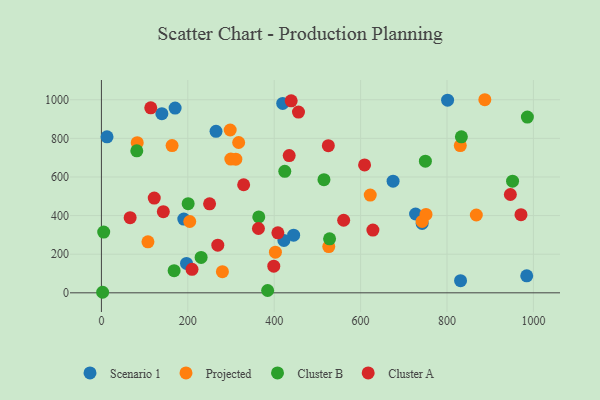
{"axis": {"x": "Speed", "y": "Sales"}, "legend": ["Cluster A", "Cluster B", "Projected", "Scenario 1"], "data": [{"x": "675.2", "y": 578.3, "type": "Scenario 1"}, {"x": "445.0", "y": 298.6, "type": "Scenario 1"}, {"x": "197.0", "y": 152.2, "type": "Scenario 1"}, {"x": "13.0", "y": 807.6, "type": "Scenario 1"}, {"x": "265.3", "y": 836.5, "type": "Scenario 1"}, {"x": "190.7", "y": 382.1, "type": "Scenario 1"}, {"x": "422.5", "y": 271.1, "type": "Scenario 1"}, {"x": "984.6", "y": 88.2, "type": "Scenario 1"}, {"x": "139.9", "y": 927.5, "type": "Scenario 1"}, {"x": "727.3", "y": 408.2, "type": "Scenario 1"}, {"x": "419.7", "y": 980.9, "type": "Scenario 1"}, {"x": "170.6", "y": 956.5, "type": "Scenario 1"}, {"x": "801.4", "y": 997.7, "type": "Scenario 1"}, {"x": "742.5", "y": 359.5, "type": "Scenario 1"}, {"x": "831.4", "y": 62.8, "type": "Scenario 1"}, {"x": "402.8", "y": 210.4, "type": "Projected"}, {"x": "742.4", "y": 369.6, "type": "Projected"}, {"x": "887.6", "y": 999.9, "type": "Projected"}, {"x": "299.6", "y": 692.6, "type": "Projected"}, {"x": "163.6", "y": 762.4, "type": "Projected"}, {"x": "107.7", "y": 263.9, "type": "Projected"}, {"x": "82.9", "y": 777.4, "type": "Projected"}, {"x": "751.4", "y": 405.7, "type": "Projected"}, {"x": "204.5", "y": 369.2, "type": "Projected"}, {"x": "867.9", "y": 403.0, "type": "Projected"}, {"x": "526.3", "y": 239.6, "type": "Projected"}, {"x": "298.1", "y": 843.0, "type": "Projected"}, {"x": "311.2", "y": 691.9, "type": "Projected"}, {"x": "830.8", "y": 762.5, "type": "Projected"}, {"x": "280.1", "y": 109.6, "type": "Projected"}, {"x": "622.3", "y": 505.9, "type": "Projected"}, {"x": "317.7", "y": 778.3, "type": "Projected"}, {"x": "951.8", "y": 578.1, "type": "Cluster B"}, {"x": "750.0", "y": 681.6, "type": "Cluster B"}, {"x": "5.3", "y": 314.4, "type": "Cluster B"}, {"x": "168.3", "y": 114.4, "type": "Cluster B"}, {"x": "833.3", "y": 807.6, "type": "Cluster B"}, {"x": "230.8", "y": 183.3, "type": "Cluster B"}, {"x": "200.8", "y": 461.5, "type": "Cluster B"}, {"x": "424.5", "y": 628.9, "type": "Cluster B"}, {"x": "364.3", "y": 393.0, "type": "Cluster B"}, {"x": "515.2", "y": 585.9, "type": "Cluster B"}, {"x": "81.9", "y": 735.5, "type": "Cluster B"}, {"x": "384.8", "y": 12.1, "type": "Cluster B"}, {"x": "986.1", "y": 910.1, "type": "Cluster B"}, {"x": "528.2", "y": 279.6, "type": "Cluster B"}, {"x": "2.8", "y": 2.8, "type": "Cluster B"}, {"x": "560.8", "y": 375.7, "type": "Cluster A"}, {"x": "456.2", "y": 935.8, "type": "Cluster A"}, {"x": "250.4", "y": 460.7, "type": "Cluster A"}, {"x": "434.7", "y": 710.5, "type": "Cluster A"}, {"x": "609.2", "y": 662.2, "type": "Cluster A"}, {"x": "399.0", "y": 137.8, "type": "Cluster A"}, {"x": "408.5", "y": 310.7, "type": "Cluster A"}, {"x": "209.7", "y": 121.8, "type": "Cluster A"}, {"x": "628.5", "y": 325.0, "type": "Cluster A"}, {"x": "114.2", "y": 957.7, "type": "Cluster A"}, {"x": "525.3", "y": 762.1, "type": "Cluster A"}, {"x": "439.3", "y": 994.4, "type": "Cluster A"}, {"x": "66.5", "y": 389.3, "type": "Cluster A"}, {"x": "971.3", "y": 404.4, "type": "Cluster A"}, {"x": "363.5", "y": 333.1, "type": "Cluster A"}, {"x": "143.3", "y": 420.0, "type": "Cluster A"}, {"x": "329.3", "y": 559.5, "type": "Cluster A"}, {"x": "269.4", "y": 246.5, "type": "Cluster A"}, {"x": "122.3", "y": 490.7, "type": "Cluster A"}, {"x": "946.7", "y": 509.1, "type": "Cluster A"}]}